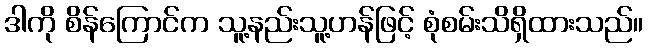
ဒါကို စိန်ကြောင်က သူ့နည်းသူ့ဟန်ဖြင့် စုံစမ်းသိရှိထားသည်။